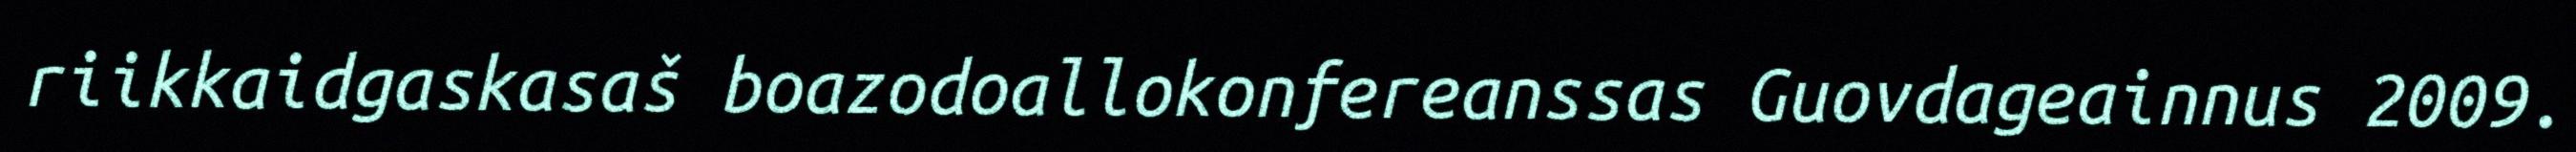
riikkaidgaskasaš boazodoallokonfereanssas Guovdageainnus 2009.